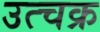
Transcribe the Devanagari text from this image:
उत्चक्र